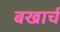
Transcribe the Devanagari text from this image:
बखार्च